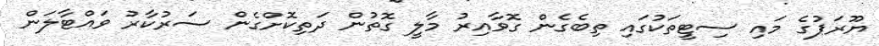
ޔޫރަޕުގެ މައި ސިޓީތަކުގައި ތިބެގެން ގޮވާއިރު މާލީ ގޮތުން ދަތިކޮށްގެން ސަރުކާރު ވައްޓާލަން